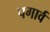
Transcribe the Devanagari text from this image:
पगार्व